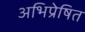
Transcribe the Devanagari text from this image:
अभिप्रेषित